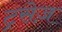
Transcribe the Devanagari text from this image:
ट्रसेज़